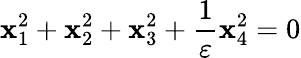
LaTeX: \mathbf{x}_{1}^{2}+\mathbf{x}_{2}^{2}+\mathbf{x}_{3}^{2}+{\frac{{1}}{{\varepsilon}}}\mathbf{x}_{4}^{2}=0